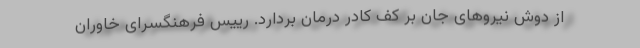
از دوش نیروهای جان بر کف کادر درمان بردارد. رییس فرهنگسرای خاوران